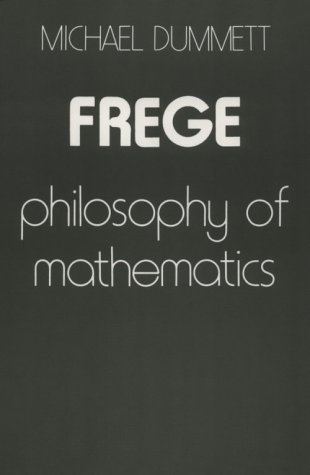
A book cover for Frege: Philosophy of Mathematics; Michael Dummett; Science & Math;